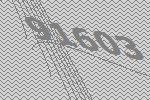
91603